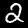
Label: 2